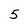
Character: 5